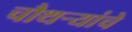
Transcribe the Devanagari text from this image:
चौथर्‍यांचे